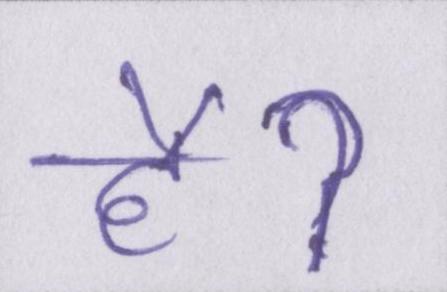
हैॽ